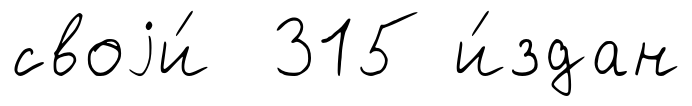
своjи́ 315 и́здан